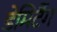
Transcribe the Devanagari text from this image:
डेमिर्टैग